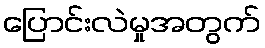
ပြောင်းလဲမှုအတွက်